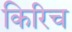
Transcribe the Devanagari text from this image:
किरिच